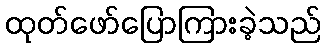
ထုတ်ဖော်ပြောကြားခဲ့သည်